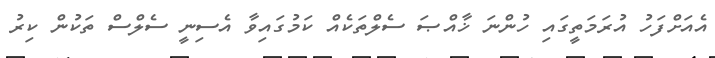
އެއަށްފަހު އުރަމަތީގައި ހުންނަ ޚާއްޞަ ސެލްތަކެއް ކަމުގައިވާ އެސިނީ ސެލްސް ތަކުން ކިރު